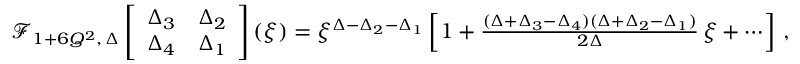
\begin{array} { r } { \mathcal { F } _ { 1 + 6 Q ^ { 2 } , \, \Delta } \left[ \begin{array} { l l } { \Delta _ { 3 } } & { \Delta _ { 2 } } \\ { \Delta _ { 4 } } & { \Delta _ { 1 } } \end{array} \right] ( \xi ) = \xi ^ { \Delta - \Delta _ { 2 } - \Delta _ { 1 } } \left[ 1 + { \frac { ( \Delta + \Delta _ { 3 } - \Delta _ { 4 } ) ( \Delta + \Delta _ { 2 } - \Delta _ { 1 } ) } { 2 \Delta } } \, \xi + \cdots \right] \, , } \end{array}